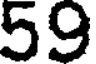
59